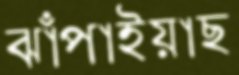
ঝাঁপাইয়াছ